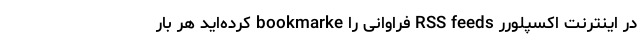
در اینترنت اکسپلورر RSS feeds فراوانی را bookmarke کرده‌­اید هر بار